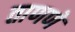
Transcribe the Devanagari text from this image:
ताणणे